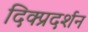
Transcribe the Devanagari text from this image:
दिक्प्रदर्शन